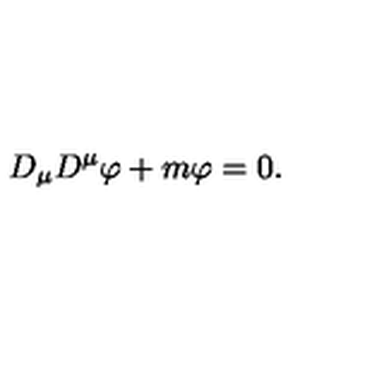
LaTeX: D _ { \mu } D ^ { \mu } \varphi + m \varphi = 0 .